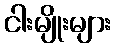
ငါးမျိုးများ